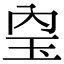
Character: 𤣼